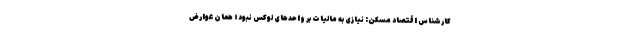
کارشناس اقتصاد مسکن: نیازی به مالیات بر واحدهای لوکس نبود؛ همان عوارض